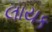
લાયક